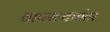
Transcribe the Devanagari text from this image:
वापरल्यानंतर